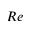
R e